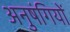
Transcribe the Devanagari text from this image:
अनुषंगियों